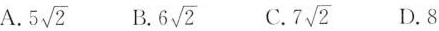
A.5 \sqrt{2} B.6 \sqrt{2} C.7 \sqrt{2} D.8